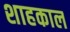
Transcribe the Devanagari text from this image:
शाहकाल